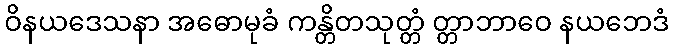
ဝိနယဒေသနာ အဓောမုခံ ကန္တိတသုတ္တံ တ္တာဘာဝေ နယဘေဒံ